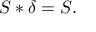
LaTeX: S * \delta = S .